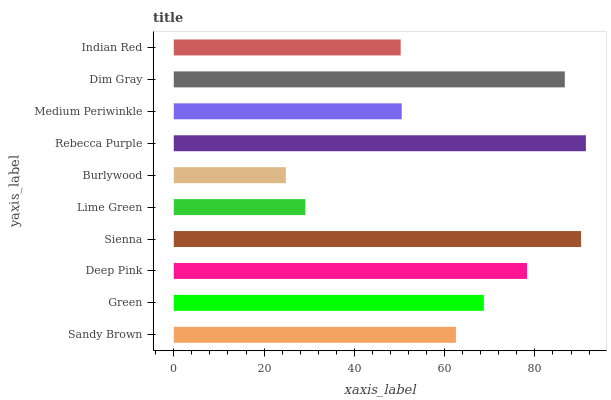
| yaxis_label | bars |
 | --- | --- |
 | Sandy Brown | 62.5 |
 | Green | 68.7 |
 | Deep Pink | 78.3 |
 | Sienna | 90.2 |
 | Lime Green | 29.1 |
 | Burlywood | 24.8 |
 | Rebecca Purple | 91.3 |
 | Medium Periwinkle | 50.5 |
 | Dim Gray | 86.6 |
 | Indian Red | 50.3 |